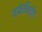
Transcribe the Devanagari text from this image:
वाकेनिशीत